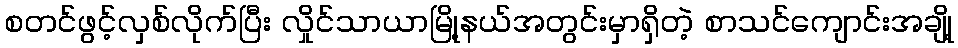
စတင်ဖွင့်လှစ်လိုက်ပြီး လှိုင်သာယာမြို့နယ်အတွင်းမှာရှိတဲ့ စာသင်ကျောင်းအချို့